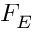
F _ { E }